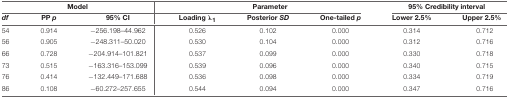
| <COLSPAN=3> Model | <COLSPAN=3> Parameter | <COLSPAN=2> 95% Credibility interval |
 | df | PP p | 95% CI | Loading λ1 | Posterior SD | One-tailed p | Lower 2.5% | Upper 2.5% |
 | --- | --- | --- | --- | --- | --- | --- | --- |
 | 54 | 0.914 | −256.198–44.962 | 0.526 | 0.102 | 0.000 | 0.314 | 0.712 |
 | 56 | 0.905 | −248.311–50.020 | 0.530 | 0.104 | 0.000 | 0.312 | 0.716 |
 | 66 | 0.728 | −204.914–101.821 | 0.537 | 0.099 | 0.000 | 0.330 | 0.718 |
 | 73 | 0.515 | −163.316–153.099 | 0.539 | 0.096 | 0.000 | 0.340 | 0.715 |
 | 76 | 0.414 | −132.449–171.688 | 0.536 | 0.098 | 0.000 | 0.334 | 0.719 |
 | 86 | 0.108 | −60.272–257.655 | 0.544 | 0.094 | 0.000 | 0.347 | 0.716 |